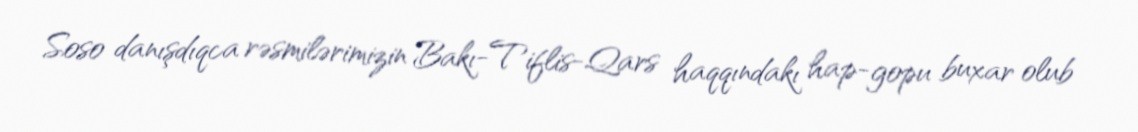
Soso danışdıqca rəsmilərimizin Bakı-Tiflis-Qars haqqındakı hap-gopu buxar olub